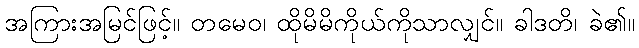
အကြားအမြင်ဖြင့်။ တမေဝ၊ ထိုမိမိကိုယ်ကိုသာလျှင်။ ခါဒတိ၊ ခဲ၏။